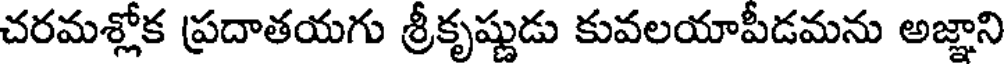
చరమశ్లోక ప్రదాతయగు శ్రీకృష్ణుడు కువలయాపీడమను అజ్ఞాని